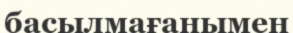
басылмағанымен